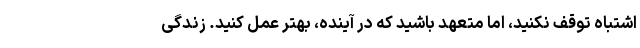
اشتباه توقف نکنید، اما متعهد باشید که در آینده، بهتر عمل کنید. زندگی